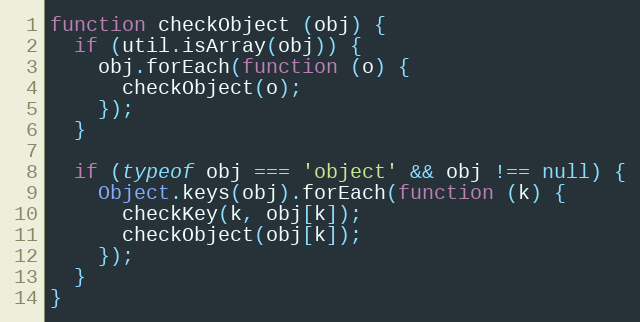
Language: JavaScript
function checkObject (obj) {
  if (util.isArray(obj)) {
    obj.forEach(function (o) {
      checkObject(o);
    });
  }

  if (typeof obj === 'object' && obj !== null) {
    Object.keys(obj).forEach(function (k) {
      checkKey(k, obj[k]);
      checkObject(obj[k]);
    });
  }
}